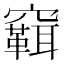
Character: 䇀